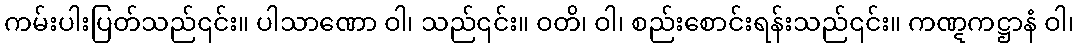
ကမ်းပါးပြတ်သည်၎င်း။ ပါသာဏော ဝါ၊ သည်၎င်း။ ဝတိ၊ ဝါ၊ စည်းစောင်းရန်းသည်၎င်း။ ကဏ္ဋကဋ္ဌာနံ ဝါ၊